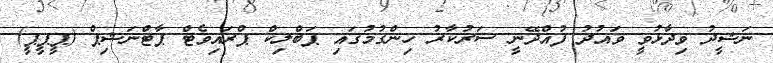
ނަޝީދު ވިދާޅުވީ ވައުދު ފުއްދޭނީ ސަރުކާރު ހިންގުމުގައި ޕަބްލިކް ޕްރައިވެޓް ޕާޓްނަޝިޕް (ޕީޕީޕީ)